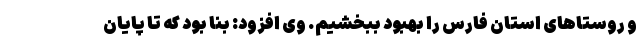
و روستاهای استان فارس را بهبود ببخشیم. وی افزود: بنا بود که تا پایان